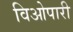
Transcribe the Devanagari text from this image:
विओपारी